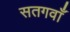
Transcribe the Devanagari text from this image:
सतगवाँ